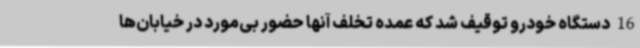
16 دستگاه خودرو توقیف شد که عمده تخلف آنها حضور بی‌مورد در خیابان‌ها